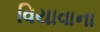
વિયાવાના